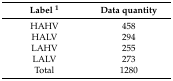
| Label 1 | Data quantity |
 | --- | --- |
 | HAHV | 458 |
 | HALV | 294 |
 | LAHV | 255 |
 | LALV | 273 |
 | Total | 1280 |